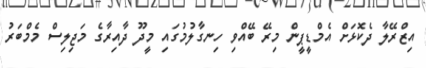
އިޒްރޭލާ ދެކޮޅަށް އެމްޑީޕީން މިރޭ ބޭއްވި ހިނގާލުމުގައި މީދޫ ދާއިރާގެ މަޖިލިސް މެމްބަރު